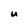
Character: U